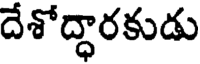
దేశోద్ధారకుడు